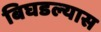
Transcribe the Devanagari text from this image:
बिघडल्यास